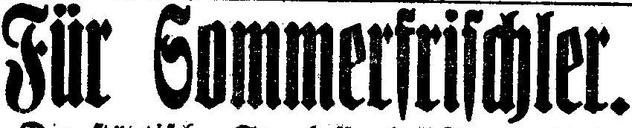
Für Sommerfrischler.